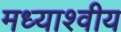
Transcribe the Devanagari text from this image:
मध्याश्वीय